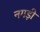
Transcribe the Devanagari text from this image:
नगड़ी